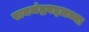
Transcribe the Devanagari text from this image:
रामचंद्रबद्दलच्या